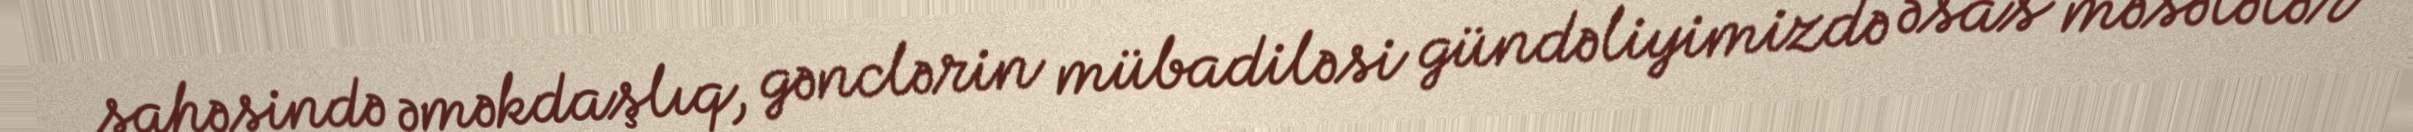
sahəsində əməkdaşlıq, gənclərin mübadiləsi gündəliyimizdə əsas məsələlər